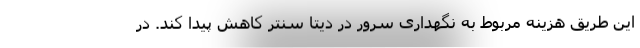
این طریق هزینه مربوط به نگهداری سرور در دیتا سنتر کاهش پیدا کند. در